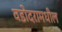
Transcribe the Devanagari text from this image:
वडोदरामधील